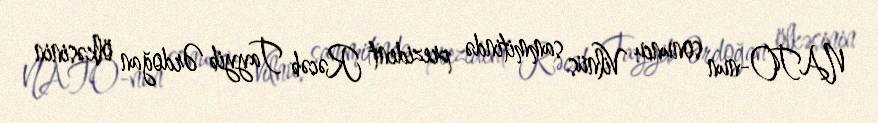
NATO-nun sonuncu Vilnüs sammitində prezident Rəcəb Tayyib Ərdoğan ölkəsinin